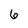
Character: 6